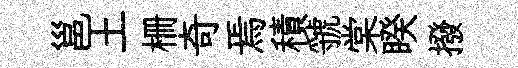
邕土栅奇焉積虢棠睽撥